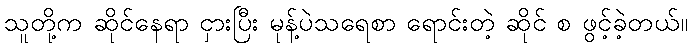
သူတို့က ဆိုင်နေရာ ငှားပြီး မုန့်ပဲသရေစာ ရောင်းတဲ့ ဆိုင် စ ဖွင့်ခဲ့တယ်။